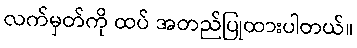
လက်မှတ်ကို ထပ် အတည်ပြုထားပါတယ်။